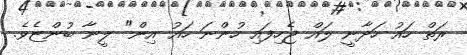
ރަތް ހައު ހަދާނީ ލައް ޖެހިފައި ހުންނަ ހައު އިން" ލީނާ ބުންޏެވެ.